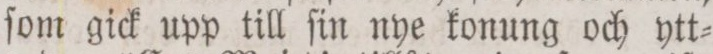
ſom gick upp till ſin nye konung och ytt=